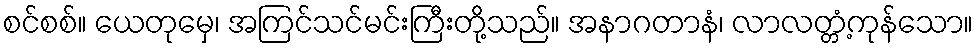
စင်စစ်။ ယေတုမှေ၊ အကြင်သင်မင်းကြီးတို့သည်။ အနာဂတာနံ၊ လာလတ္တံ့ကုန်သော။